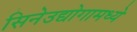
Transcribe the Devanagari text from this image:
सिनेउद्योगामध्ये